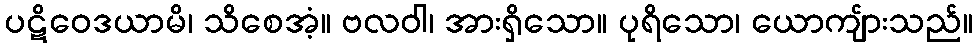
ပဋိဝေဒယာမိ၊ သိစေအံ့။ ဗလဝါ၊ အားရှိသော။ ပုရိသော၊ ယောကျ်ားသည်။